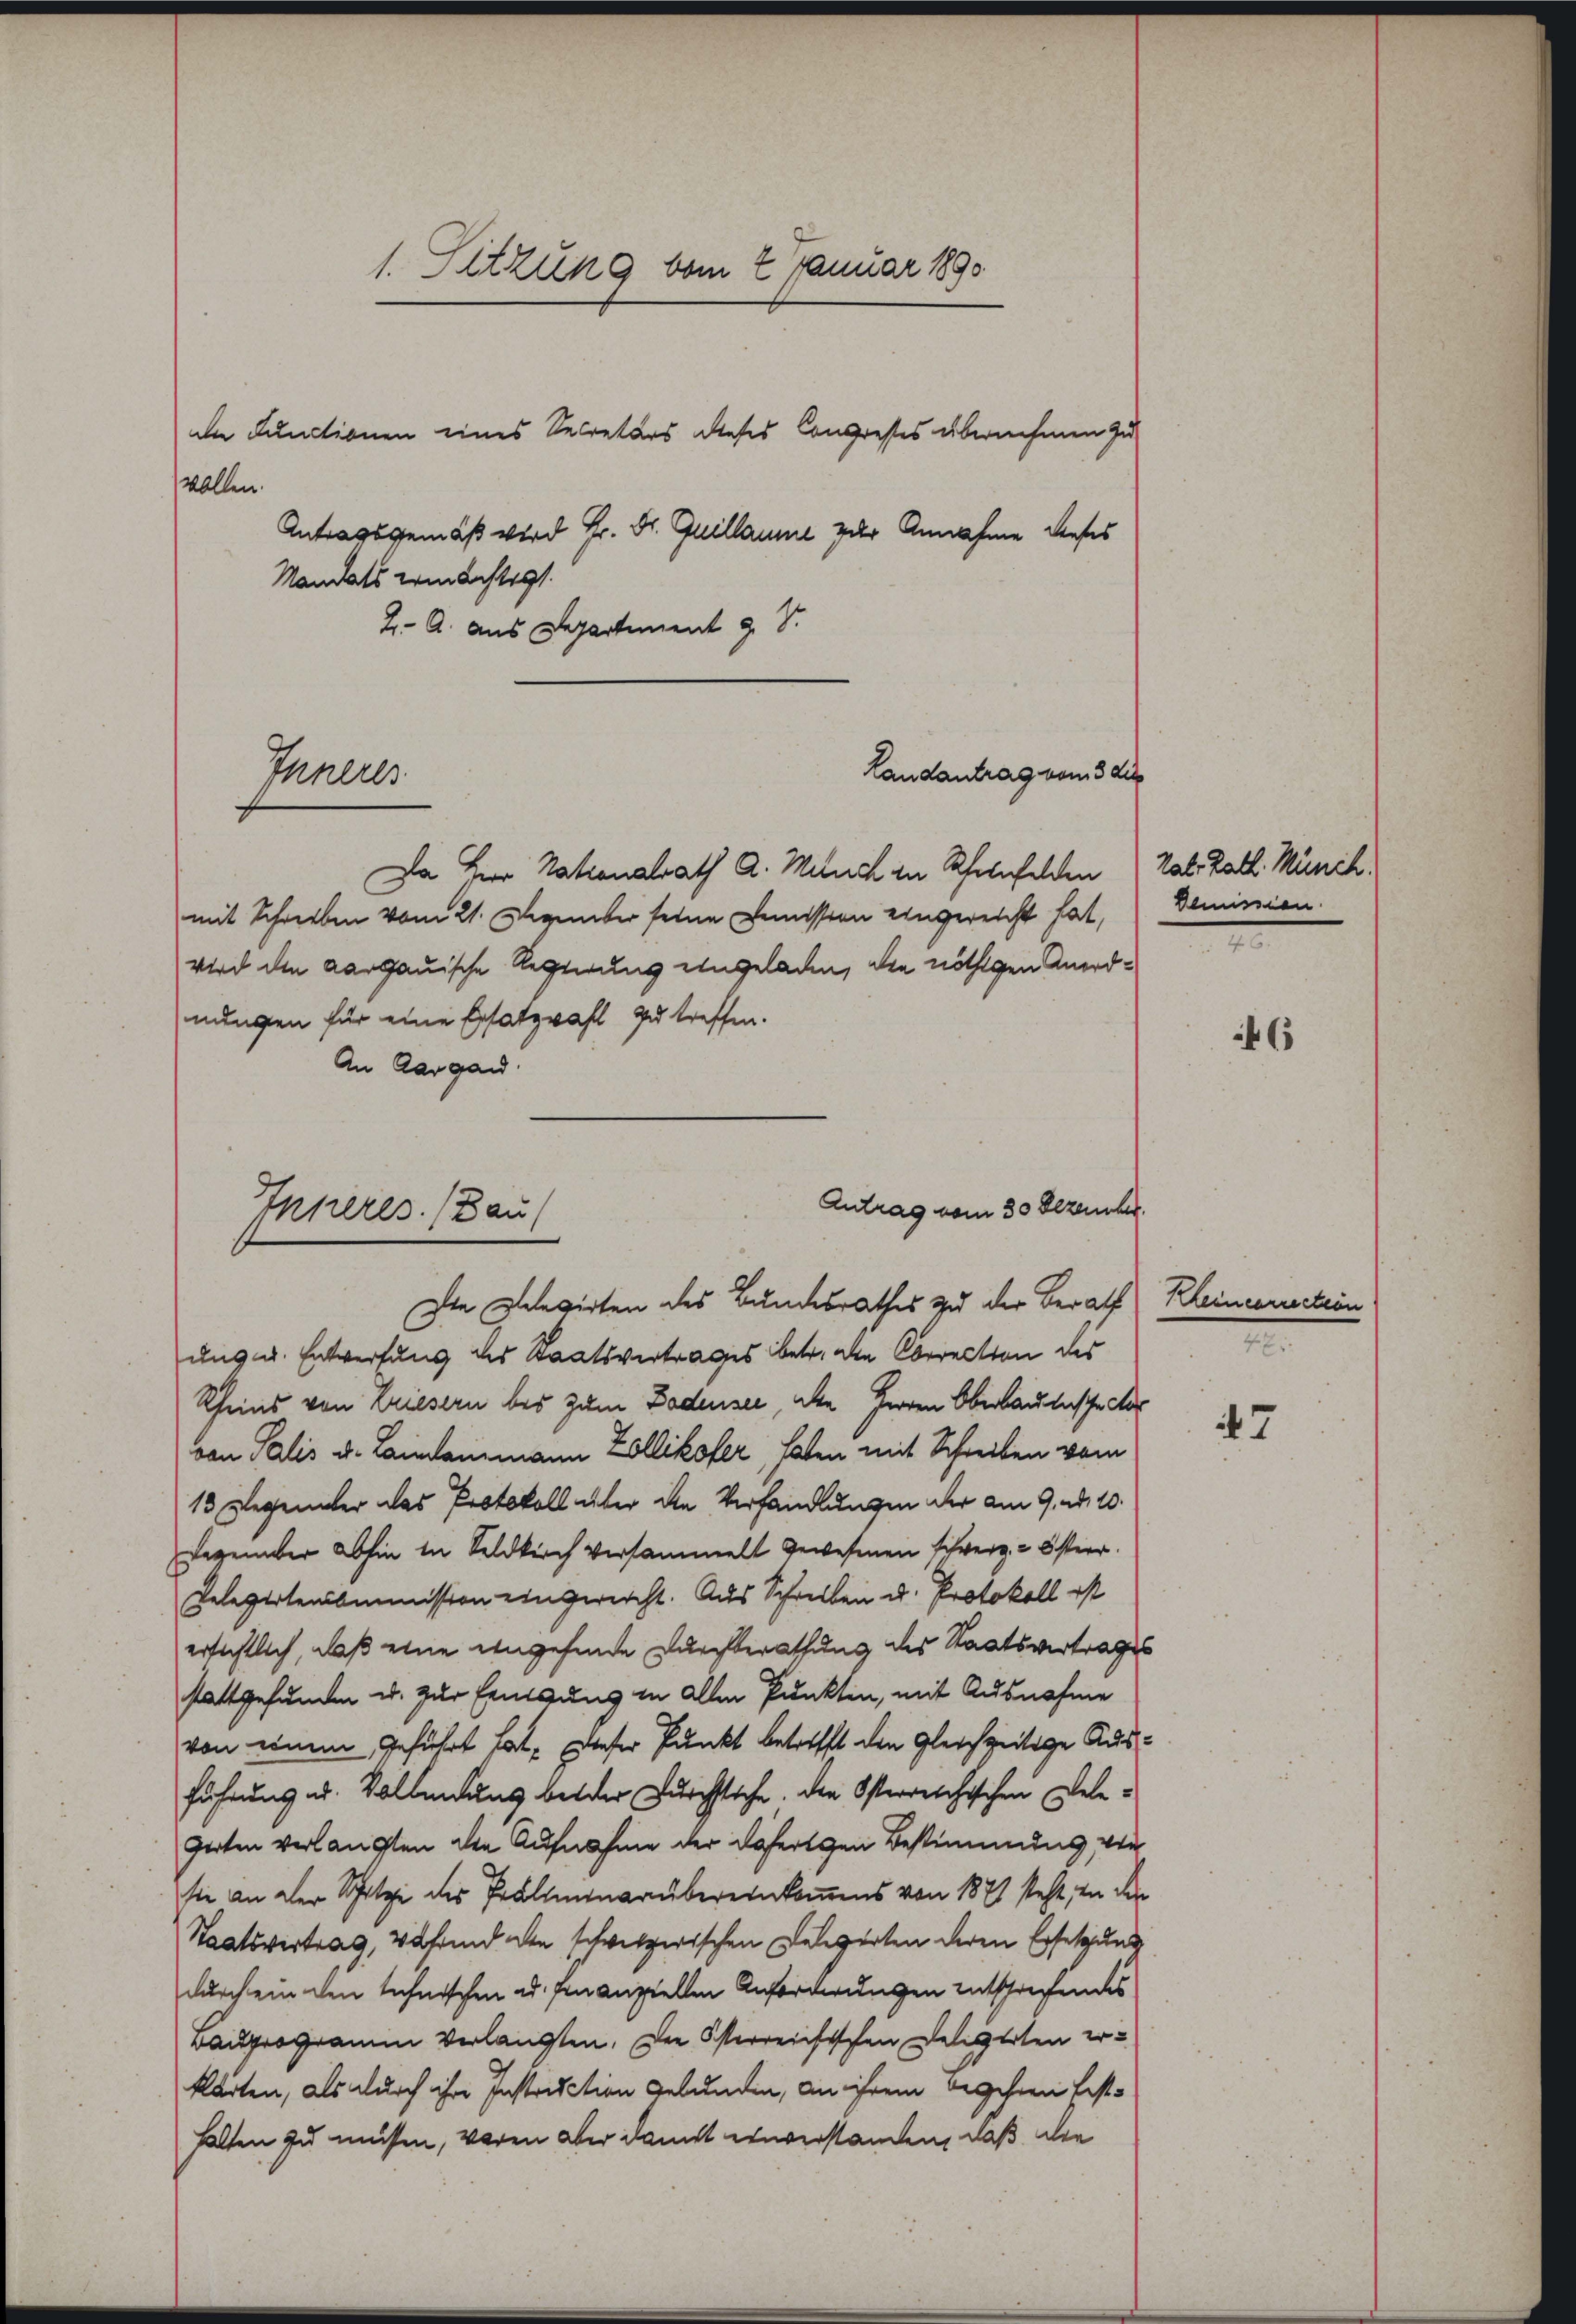
dn Functionen eines Secretärs dieses Congresses übernehmen zu
wollen.
Antragsgemäß wird Hr. Dr. Quillaume zur Annahme dieses
Mandats ermächtigt.
2- A. aus Departement z. S.
Landantrag vom 3 die

Inneres

1. Sitzung vom 2 Januar 1890

Da Herr Nationalrath A. Mituch in Rheinfelden
mit Schrieben vom 21. Dezember seine Demission eingereicht hat,
wird den aargauische Regierung eingeladen, die nöthigen Anordnungen für eine Ersatzwahl zu treffen.
An Aargau.
Antrag vom 30 Dezember.
Inheres. (Bau

Kal Rath. Münch.
Demission.
.

Die Delegirten des Bundesrathes zu der Berath Kleincaruction
ung u. Entwerfung des Staatsvertrages betr. die Correction des
Rheins von Driesern bis zum Bodensee, aber Herren Oberlautsche der
von Palis u. Lindammann Zollikofer, haten mit Schreiben vom
13 Regenüber das Protokoll über den Verhandlungen der am 9. ad. 10.
Degenüber abhin in Seldkirch versammelt gewesenen Schwerz- Österr.
Relegirtenkommission eingereicht. Aus Schreiben u. Protokoll ist
ersichtlich, daß eine eingehende Durchberathung des Staatsvertrages
stattgefunden u. zur Einigung in allen Punkten, mit Ausnahme
von einem Geführt hat, dieser Punkt betrifft den gleichzeitige Ausführung u. Vollendung beider Durchstiche. Die Osterreichischen Delegerten verlangten die Aufnahme der defertigen Bestimmung von
sie an der Spitze des Präliminarübereinkommens von 1871 steht, in den
Staatsvertrag, während den schwitzerischen Delegerten deren Ersetzung
durch ein den technischen u. finanziellen Anforderungen entschrechendes
rauprogramm verlangten. Die Osterreichischen Delegerten erkarten, als durch ihre Instruction gelungen, an ihrem Begehren festhalten zu müssen, waren aber damit einverstanden, daß die

6

n

47